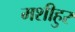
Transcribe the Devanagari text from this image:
मशीहुर